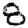
Digit: 8